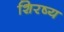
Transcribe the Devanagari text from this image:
शिरष्य